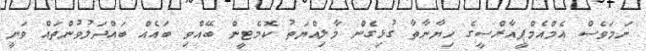
ނަމަވެސް އެމްއެމްޕީއާރްސީގެ ހިޔާނާތާ ގުޅިގެން މާލިއްޔަތު ކޮމެޓީން ބޭއްވި ބައެއް ބައްދަލުވުންތައް ވަނީ